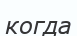
когда